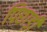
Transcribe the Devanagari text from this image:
पिछाड़ी